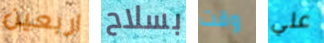
اربعين بسلاح وقت علي